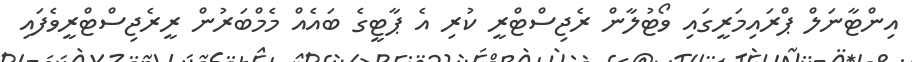
އިންޓާނަލް ޕްރައިމަރީގައި ވޯޓުލާން ރެޖިސްޓްރީ ކުރި އެ ޕާޓީގެ ބައެއް މެމްބަރުން ރީރެޖިސްޓްރީވެފައި